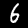
Label: 6